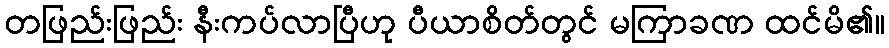
တဖြည်းဖြည်း နီးကပ်လာပြီဟု ပီယာစိတ်တွင် မကြာခဏ ထင်မိ၏။